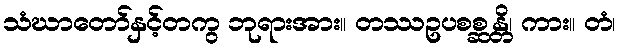
သံဃာတော်နှင့်တကွ ဘုရားအား။ တဿဥပစစ္ဆန္တိ၊ ကား။ တံ၊